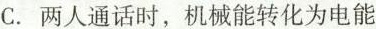
C.两人通话时，机械能转化为电能